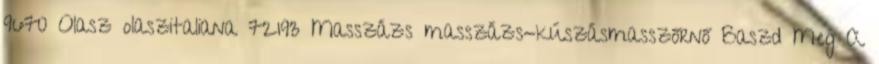
9670 Olasz olaszitaliana 72193 Masszázs masszázs-kúszásmasszőrnő Baszd Meg A